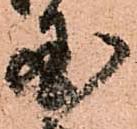
国